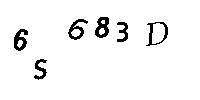
6S683D